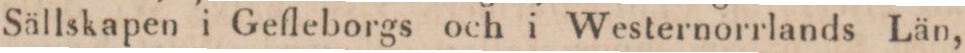
Sällskapen i Gefleborgs och i Westernorrlands Län,